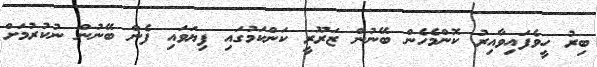
ބިރު ހީވެފައިވާއިރު ކޮންމެހެން ބޭނުން ޒަރޫރީ ކަންކަމުގައި ފިޔަވައި ފެން ބޭނުން ނުކުރުމަށް